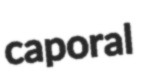
caporal